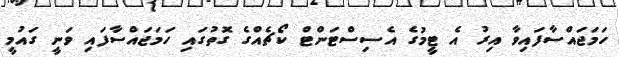
ހަމަޖައްސާފައިވާ އިރު އެ ޓީމުގެ އެސިސްޓަންޓް ކޯޗެއްގެ ގޮތުގައި ހަމަޖައްސާފައި ވަނީ ގައުމީ